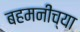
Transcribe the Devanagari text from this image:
बहमनींच्या